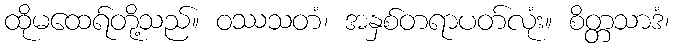
ထိုမထေရ်တို့သည်။ ဝဿသတံ၊ အနှစ်တရာပတ်လုံး။ စိတ္တသာဒံ၊